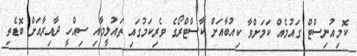
ކޮމިއުނިސްޓް ގައުމެއް ކަމަށްވާ ކިއުބާއަށް ކާސްޓްރޯގެ ވެރިކަމުގައި ތައުލީމާއި ސިއްހީ ދާއިރާއަށް ބޮޑެތި